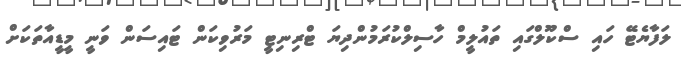
ލަފާޔެޓޭ ހައި ސްކޫލްގައި ތައުލީމް ހާސިލްކުރަމުންދިޔަ ޓްރިނިޓީ މަރުވިކަން ޓައިސަން ވަނީ މީޑީއާތަކަށް